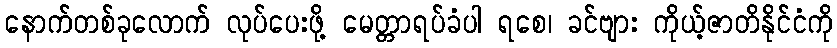
နောက်တစ်ခုလောက် လုပ်ပေးဖို့ မေတ္တာရပ်ခံပါ ရစေ၊ ခင်ဗျား ကိုယ့်ဇာတိနိုင်ငံကို